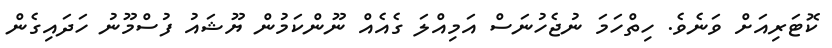
ކޮޓަރިއަށް ވަނެވެ. ހިތްހަމަ ނުޖެހުނަސް އަމިއްލަ ގެއެއް ނޫންކަމުން ޔޫޝައު ފުސްމޫނު ހަދައިގެން